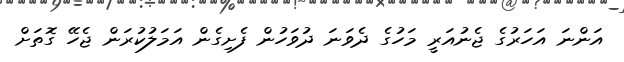
އަންނަ އަހަރުގެ ޖެނުއަރީ މަހުގެ ދެވަނަ ދުވަހުން ފެށިގެން އަމަލުކުރަން ޖެހޭ ގޮތަށް